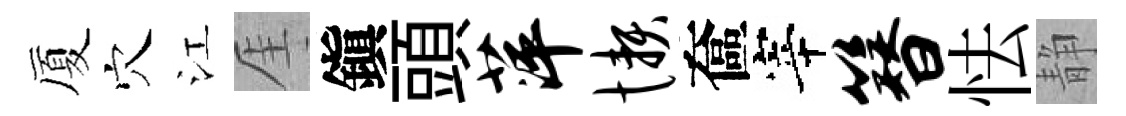
厦穴江厓鎭頭萍懒奩宰簪怯静